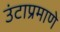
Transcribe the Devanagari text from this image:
उंटाप्रमाणे